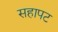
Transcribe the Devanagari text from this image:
सहापट